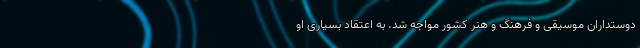
دوستداران موسیقی و فرهنگ و هنر کشور مواجه شد. به اعتقاد بسیاری او